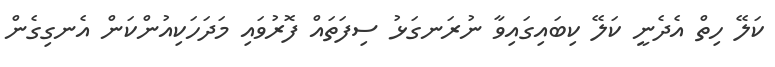
ކަލޭ ހިތް އެދެނީ ކަލޭ ކިބައިގައިވާ ނުރަނގަޅު ސިފަތައް ފޮރުވައި މަދަހަކިއުންކަން އެނގިގެން